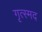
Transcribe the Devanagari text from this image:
गृत्स्मद